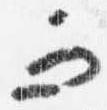
而